Senior Leaving Certificate Examination (including Day School Certificate (Higher) General paper), 1947
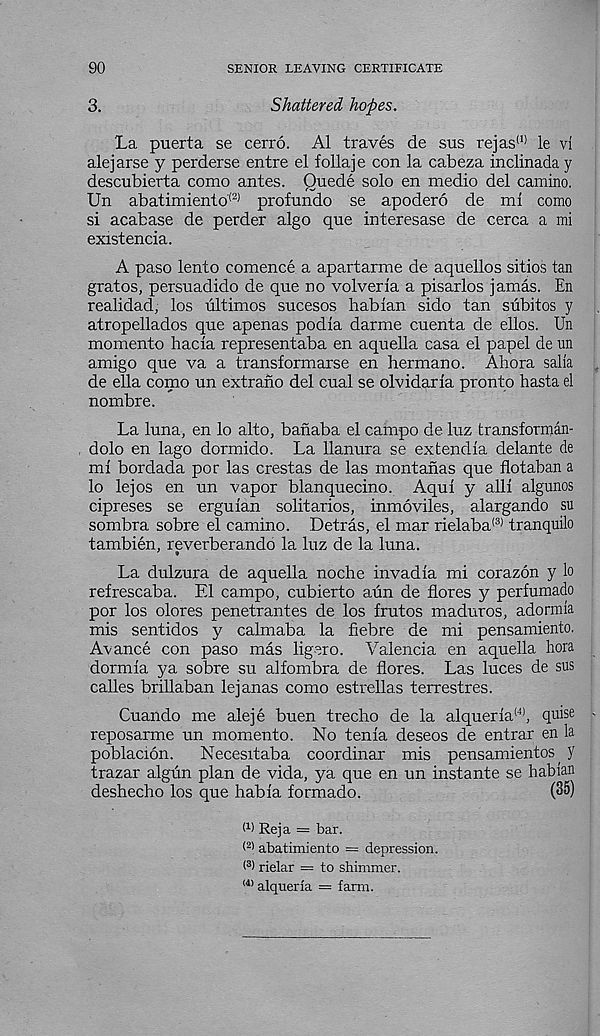
90
SENIOR LEAVING CERTIFICATE
3.
Shattered hopes.
La puerta se cerro. A1 traves de sus rejas (1) le vi
alej arse y perderse entre el follaje con la cabeza inclinada y
descubierta como antes. Quede solo en medio del camino.
Un abatimiento (z) profundo se apodero de ml como
si acabase de perder algo que interesase de cerca a mi
existencia.
A paso lento comence a apartarme de aquellos sitios tan
gratos, persuadido de que no volveria a pisarlos jamas. En
realidad, los ultimos sucesos habian sido tan subitos y
atropellados que apenas podia darme cuenta de ellos. Un
momento hacla representaba en aquella casa el papel de un
amigo que va a transformarse en hermano. Ahora salla
de ella como un extrano del cual se olvidarla pronto hasta el
nombre.
La luna, en lo alto, banaba el campo de luz transforman-
dolo en lago dormido. La llanura se extendla delante de
ml bordada por las crestas de las montanas que flotaban a
lo lejos en un vapor blanquecino. Aqul y all! algunos
cipreses se ergulan solitaries, inmoviles, alargando su
sombra sobre el camino. Detras, el mar rielaba (3) tranquilo
tambien, reverberando la luz de la luna.
La dulzura de aquella noche invadla mi corazon y lo
refrescaba. El campo, cubierto aun de flores y perfumado
por los olores penetrantes de los frutos maduros, adormla
mis sentidos y calmaba la fiebre de mi pensamiento.
Avance con paso mas ligero. Valencia en aquella bora
dormla ya sobre su alfombra de flores. Las luces de sus
calles brillaban lejanas como estrellas terrestres.
Cuando me aleje buen trecho de la alquerla (4) , quise
reposarme un momento. No tenia deseos de entrar en la
poblacion.
Necesitaba coordinar mis pensamientos ^ y
trazar algun plan de vida, ya que en un instante se babian
deshecho los que habla formado.
(35)
l 1 ' Reja = bar.
( 2) abatimiento = depression.
< 3 ) rielar = to shimmer.
(4> alqueria = farm.